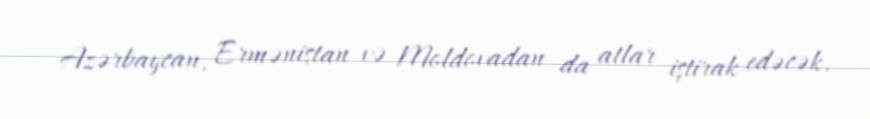
Azərbaycan, Ermənistan və Moldovadan da atlar iştirak edəcək.